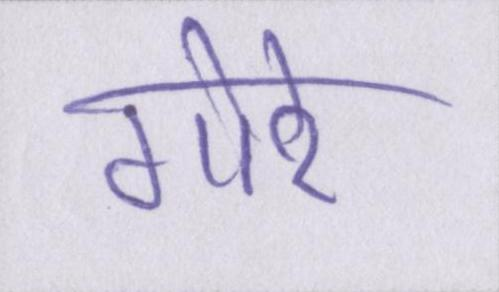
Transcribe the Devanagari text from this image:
गोरे